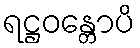
ရဋ္ဌဝန္တောပိ